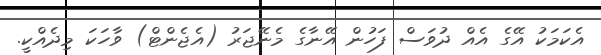
އެކަމަކު އޭގެ އެއް ދުވަސް ފަހުން އޭނާގެ މެނޭޖަރު (އެޖެންޓް) ވާހަކަ މިދެއްކީ.